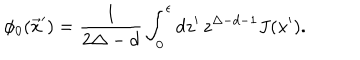
\phi _ { 0 } ( \vec { x } ^ { \prime } ) = \frac { 1 } { 2 \Delta - d } \int _ { 0 } ^ { \epsilon } d z ^ { \prime } \, { z } ^ { \Delta - d - 1 } J ( x ^ { \prime } ) .